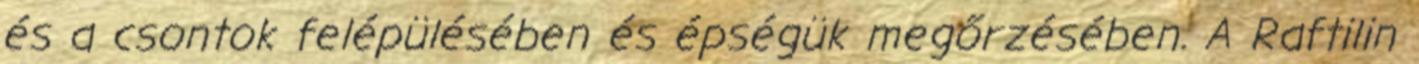
és a csontok felépülésében és épségük megőrzésében. A Raftilin